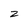
Character: Z